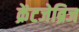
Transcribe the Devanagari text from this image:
क्रेंटजेब्रिज